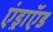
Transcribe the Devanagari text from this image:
एंड्राॅएड